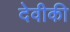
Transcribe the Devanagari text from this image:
देवीकी